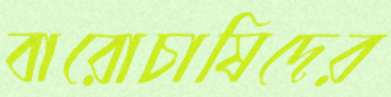
বারোচাষিদের